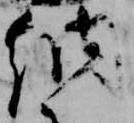
納